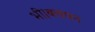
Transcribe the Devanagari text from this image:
भी।बचपन